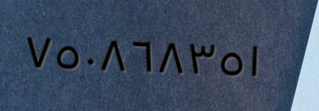
٧٥٠٨٦٨٣٥١